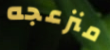
منزعجه